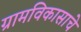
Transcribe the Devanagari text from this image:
ग्रामविकासाचे